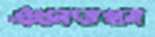
এখনতখন